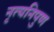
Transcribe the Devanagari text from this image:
नृत्यनिपुण